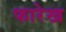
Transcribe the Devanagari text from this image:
फारेख